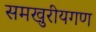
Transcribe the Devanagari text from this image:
समखुरीयगण